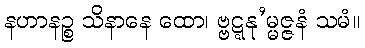
နဟာနဉ္စ သိနာနေ ထော၊ ဗ္ဗဋ္ဋနု’မ္မဇ္ဇနံ သမံ။